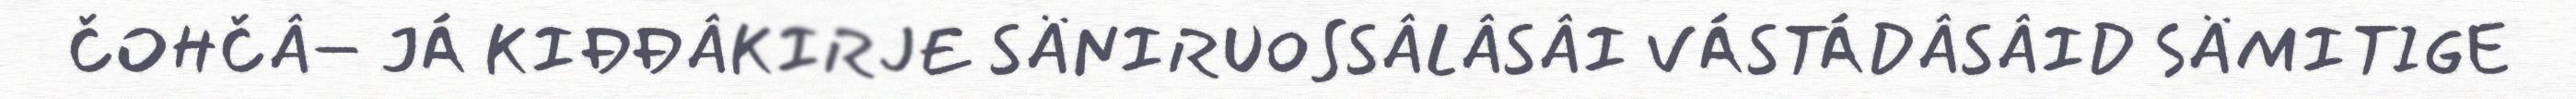
ČOHČÂ– JÁ KIĐĐÂKIRJE SÄNIRUOSSÂLÂSÂI VÁSTÁDÂSÂID SÄMITIGE